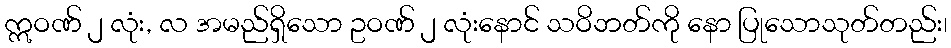
ဣဝဏ် ၂ လုံး, လ အမည်ရှိသော ဥဝဏ် ၂ လုံးနောင် သဝိဘတ်ကို နော ပြုသောသုတ်တည်း၊